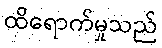
ထိရောက်မှုသည်